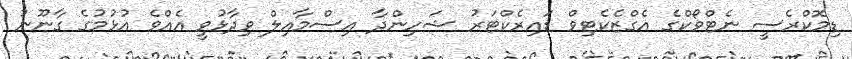
ޑިމޮކްރެސީ ނެޓްވޯކްގެ އެގްޒެކެޓިވް ޑައިރެކްޓަރު ޝަހިންދާ އިސްމާއިލް ވިދާޅުވީ އެއްވެ އުޅުމުގެ ގާނޫނު